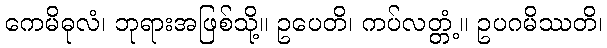
ကေမိဓုလံ၊ ဘုရားအဖြစ်သို့။ ဥပေတိ၊ ကပ်လတ္တံ့။ ဥပဂမိဿတိ၊